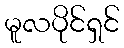
မူလပိုင်ရှင်